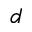
d